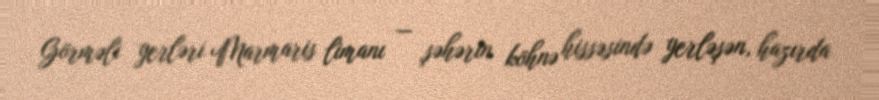
Görməli yerləri Marmaris limanı — şəhərin köhnə hissəsində yerləşən, hazırda